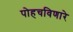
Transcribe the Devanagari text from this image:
पोहचविणारे